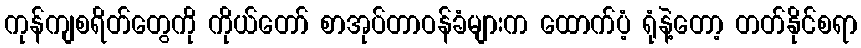
ကုန်ကျစရိတ်တွေကို ကိုယ်တော် စာအုပ်တာဝန်ခံများက ထောက်ပံ့ ရုံနဲ့တော့ တတ်နိုင်စရာ